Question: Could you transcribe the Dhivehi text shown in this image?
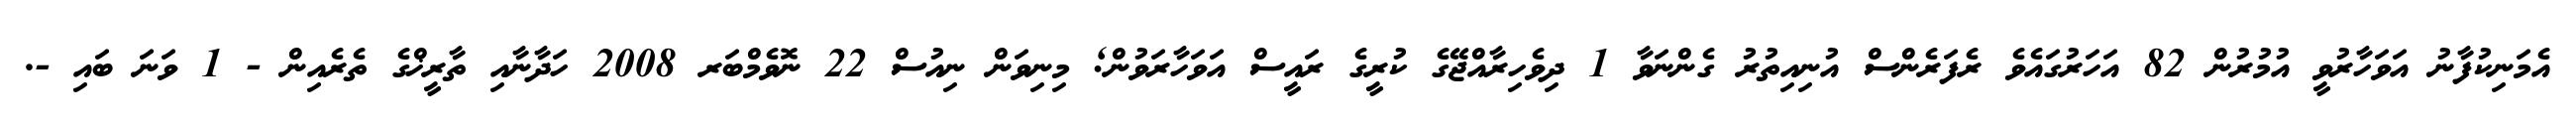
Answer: އެމަނިކުފާނު އަވަހާރުވީ އުމުރުން 82 އަހަރުގައެވެ ރެފަރެންސް އުނިއިތުރު ގެންނަވާ 1 ދިވެހިރާއްޖޭގެ ކުރީގެ ރައީސް އަވަހާރަވުން; މިނިވަން ނިއުސް 22 ނޮވެމްބަރ 2008 ހަދާނާއި ތާރީޚްގެ ތެރެއިން - 1 ވަނަ ބައި -.